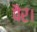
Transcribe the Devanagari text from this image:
पैर।